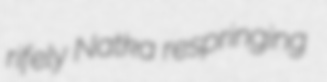
rifely Natka respringing